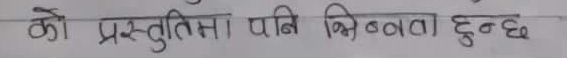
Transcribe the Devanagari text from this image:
को प्रस्तुतिमा पनि भिन्नता हुन्छ।